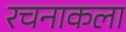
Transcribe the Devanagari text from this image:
रचनाकला